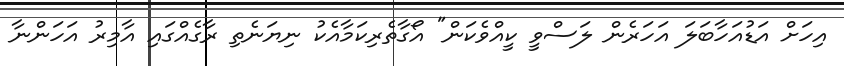
އިހަށް އަޑުއަހާބަލަ އަހަރެން ލަސްވީ ކީއްވެކަން" އޯގާތެރިކަމާއެކު ނިޔަނެތި ރާގެއްގައި އާމިރު އަހަންނާ